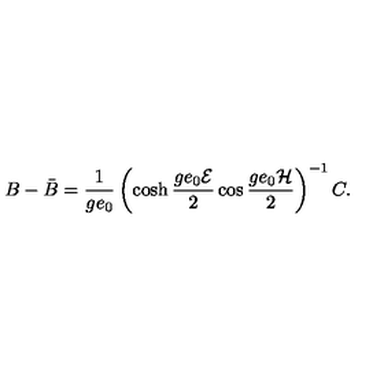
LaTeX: B - \bar { B } = \frac { 1 } { g e _ { 0 } } \left( \cosh \frac { g e _ { 0 } { \cal E } } { 2 } \cos \frac { g e _ { 0 } { \cal H } } { 2 } \right) ^ { - 1 } C .